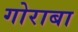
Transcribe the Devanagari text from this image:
गोराबा